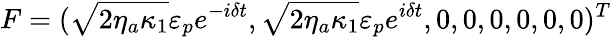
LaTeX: F=(\sqrt{2\eta_{a}\kappa_{1}}\varepsilon_{p}e^{-i\delta t},\sqrt{2\eta_{a}\kappa_{1}}\varepsilon_{p}e^{i\delta t},0,0,0,0,0,0)^{T}